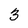
Character: 3